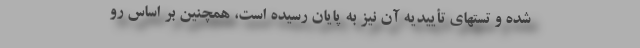
شده و تستهای تأییدیه آن نیز به پایان رسیده است، همچنین بر اساس رو